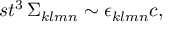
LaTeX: s t ^ { 3 } \, \Sigma _ { k l m n } \sim \epsilon _ { k l m n } c ,